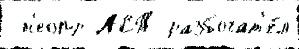
 н'еопр АСТ разбогат'е́л